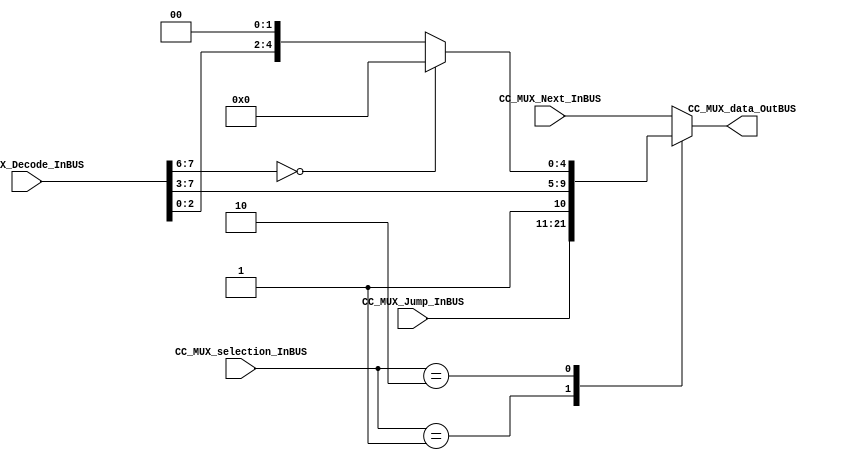
module CC_MUX_MIM #(parameter DATAWIDTH_MUX_SELECTION=2, parameter DATAWIDTH_BUS=11)(
	//////////// OUTPUTS //////////
	CC_MUX_data_OutBUS,
	//////////// INPUTS //////////
	CC_MUX_Next_InBUS,
	CC_MUX_Decode_InBUS,
	CC_MUX_Jump_InBUS,	
	CC_MUX_selection_InBUS
);
//=======================================================
//  PARAMETER declarations
//=======================================================

//=======================================================
//  PORT declarations
//=======================================================
output reg	[DATAWIDTH_BUS-1:0] CC_MUX_data_OutBUS;
input			[DATAWIDTH_BUS-1:0] CC_MUX_Next_InBUS;
input			[DATAWIDTH_BUS-4:0] CC_MUX_Decode_InBUS;
input			[DATAWIDTH_BUS-1:0] CC_MUX_Jump_InBUS;
input			[DATAWIDTH_MUX_SELECTION-1:0] CC_MUX_selection_InBUS;
//=======================================================
//  REG/WIRE declarations
//=======================================================

//=======================================================
//  Structural coding
//=======================================================
//INPUT LOGIC: COMBINATIONAL
always@(*)
begin
	case (CC_MUX_selection_InBUS)	
		2'b00: CC_MUX_data_OutBUS = CC_MUX_Next_InBUS;
		2'b01: CC_MUX_data_OutBUS = CC_MUX_Jump_InBUS;
		2'b10: begin
			if(CC_MUX_Decode_InBUS[7:6]==2'b00)
				CC_MUX_data_OutBUS = {1'b1,CC_MUX_Decode_InBUS[7:3],5'b00000};
			else
				CC_MUX_data_OutBUS = {1'b1,CC_MUX_Decode_InBUS,2'b00};
			end
		default :   CC_MUX_data_OutBUS = CC_MUX_Next_InBUS; // channel 0 is selected 
	endcase
end
//=======================================================
//  Outputs
//=======================================================
// OUTPUT LOGIC : COMBINATIONAL

endmodule